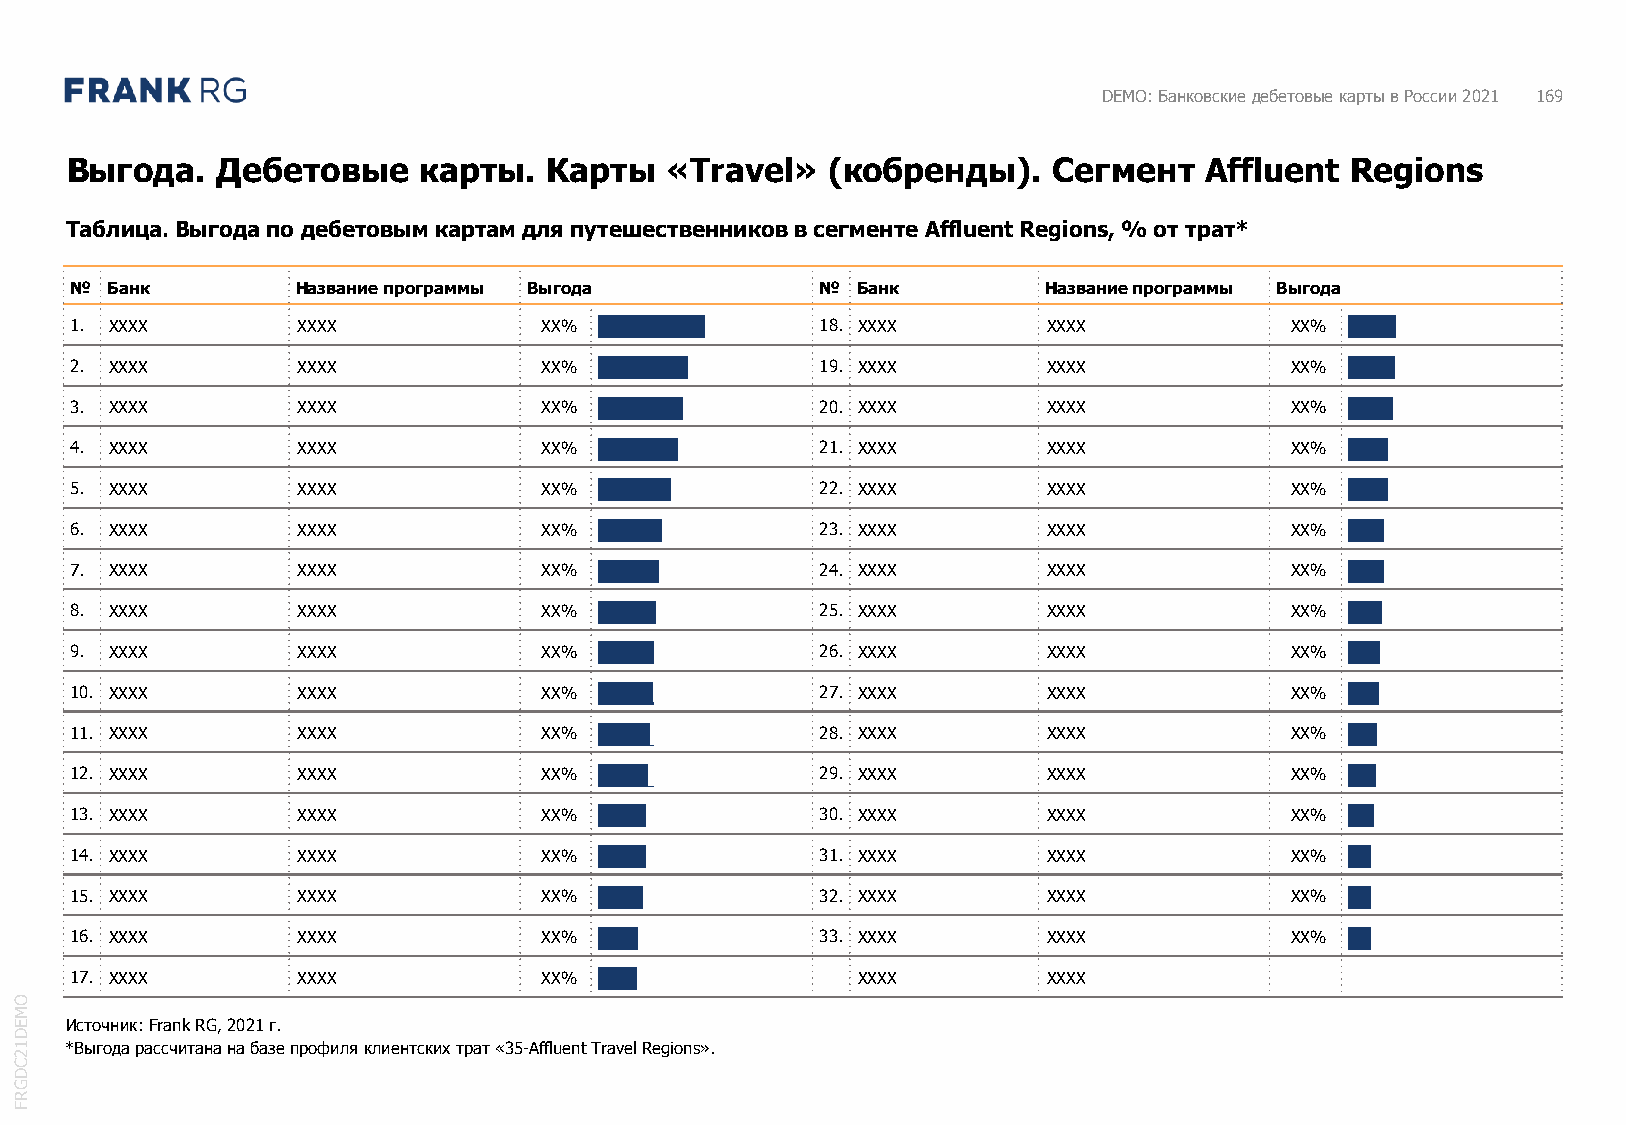
DEMO: Банковские дебетовые карты в России 2021 169
 Выгода.   Дебетовые     карты.  Карты   «Travel»   (кобренды).    Сегмент   Affluent Regions
 Таблица. Выгода по дебетовым картам для путешественников в сегменте Affluent Regions, % от трат*
 № Банк         Название программы Выгода         №  Банк        Название программы Выгода
 1. XXXX        XXXX            XX% gggggg        18. XXXX       XXXX            XX% ggg
 2. XXXX        XXXX            XX% ggggg         19. XXXX       XXXX            XX% ggg
 3. XXXX        XXXX            XX% ggggg         20. XXXX       XXXX            XX% ggg
 4. XXXX        XXXX            XX% ggggg         21. XXXX       XXXX            XX% gg
 5. XXXX        XXXX            XX% gggg          22. XXXX       XXXX            XX% gg
 6. XXXX        XXXX            XX% gggg          23. XXXX       XXXX            XX% gg
 7. XXXX        XXXX            XX% gggg          24. XXXX       XXXX            XX% gg
 8. XXXX        XXXX            XX% gggg          25. XXXX       XXXX            XX% gg
 9. XXXX        XXXX            XX% ggg           26. XXXX       XXXX            XX% gg
 10. XXXX       XXXX            XX% ggg           27. XXXX       XXXX            XX% gg
 11. XXXX       XXXX            XX% ggg           28. XXXX       XXXX            XX% gg
 12. XXXX       XXXX            XX% ggg           29. XXXX       XXXX            XX% gg
 13. XXXX       XXXX            XX% ggg           30. XXXX       XXXX            XX% gg
 14. XXXX       XXXX            XX% ggg           31. XXXX       XXXX            XX% g
 15. XXXX       XXXX            XX% ggg           32. XXXX       XXXX            XX% g
 16. XXXX       XXXX            XX% ggg           33. XXXX       XXXX            XX% g
 17. XXXX       XXXX            XX% ggg              XXXX        XXXX
 O
 M
 E  Источник: Frank RG, 2021г.
 D
 1  *Выгода рассчитана на базе профиля клиентских трат «35-Affluent Travel Regions».
 2
 C
 D
 G
 R
 F